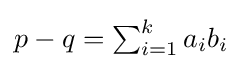
{\textstyle p-q=\sum _{i=1}^{k}a_{i}b_{i}}